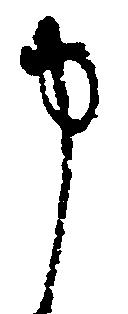
申